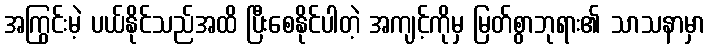
အကြွင်းမဲ့ ပယ်နိုင်သည်အထိ ပြီးစေနိုင်ပါတဲ့ အကျင့်ကိုမှ မြတ်စွာဘုရား၏ သာသနာမှာ